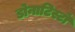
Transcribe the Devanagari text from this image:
डोनाटिस्टों